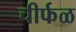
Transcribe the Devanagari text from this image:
चीर्फळ